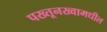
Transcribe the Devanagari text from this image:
पख्तूनख्वामधील